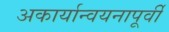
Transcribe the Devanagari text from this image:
अकार्यान्वयनापूर्वी